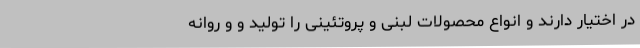
در اختیار دارند و انواع محصولات لبنی و پروتئینی را تولید و و روانه